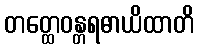
တတ္ထေဝန္တရဓာယိထာတိ